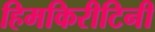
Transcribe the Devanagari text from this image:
हिमकिरीटिनी